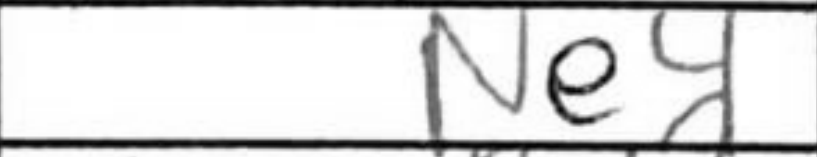
Transcription: Ne4